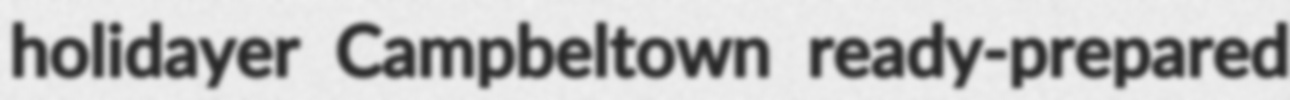
holidayer Campbeltown ready-prepared